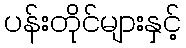
ပန်းတိုင်များနှင့်